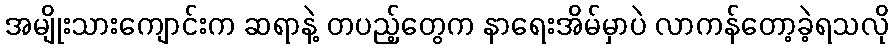
အမျိုးသားကျောင်းက ဆရာနဲ့ တပည့်တွေက နာရေးအိမ်မှာပဲ လာကန်တော့ခဲ့ရသလို